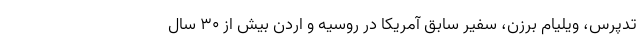
تدپرس، ویلیام برزن، سفیر سابق آمریکا در روسیه و اردن بیش از 30 سال